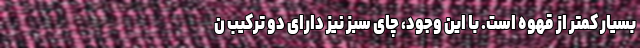
بسیار کمتر از قهوه است. با این وجود، چای سبز نیز دارای دو ترکیب ن